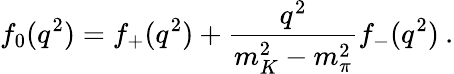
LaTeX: f_{0}(q^{2})=f_{+}(q^{2})+\frac{q^{2}}{m_{K}^{2}-m_{\pi}^{2}}f_{-}(q^{2})\: .